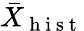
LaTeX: \bar{X}_{\mathrm{~h~i~s~t~}}